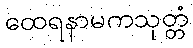
ထေရနာမကသုတ္တံ